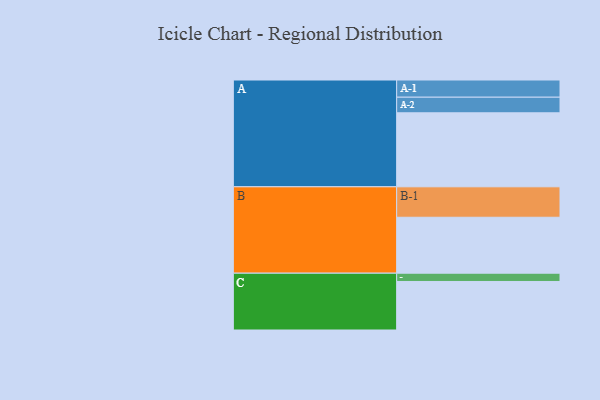
{"axis": {"x": "Segment", "y": "Value"}, "legend": ["", "A", "B", "C"], "data": [{"x": "A", "y": 598, "type": ""}, {"x": "B", "y": 452, "type": ""}, {"x": "C", "y": 392, "type": ""}, {"x": "A-1", "y": 139, "type": "A"}, {"x": "A-2", "y": 126, "type": "A"}, {"x": "B-1", "y": 246, "type": "B"}, {"x": "C-1", "y": 67, "type": "C"}]}